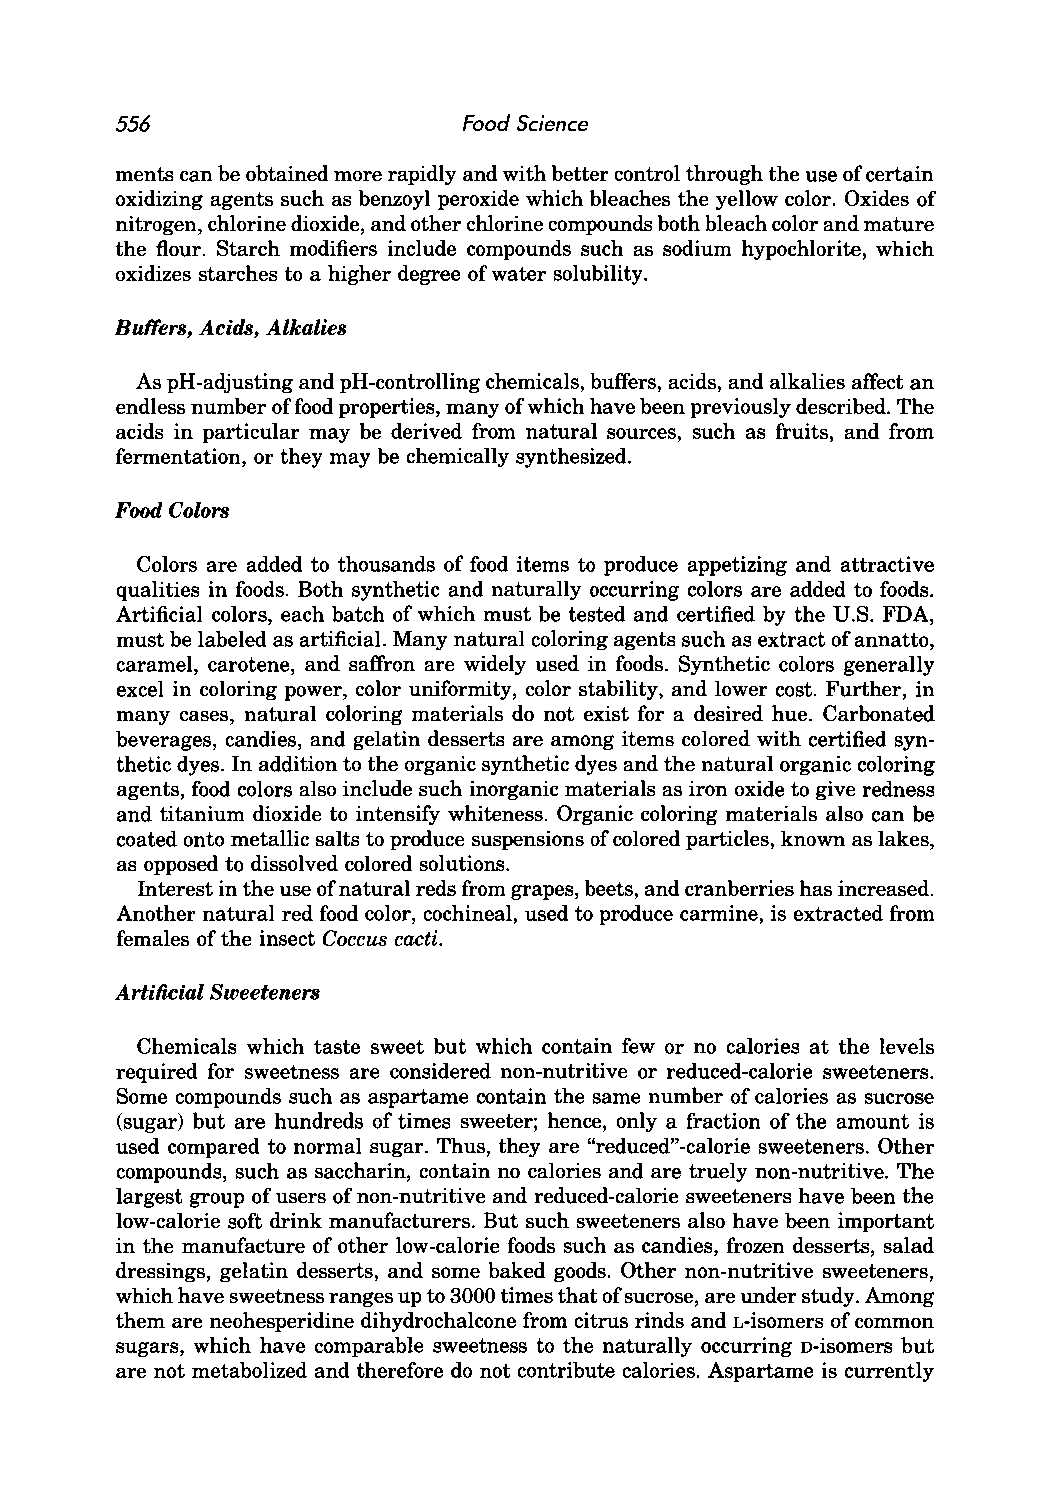
556                    Food Science
 ments can be obtained more rapidly and with better control through the use of certain
 oxidizing agents such as benzoyl peroxide which bleaches the yellow color. Oxides of
 nitrogen, chlorine dioxide, and other chlorine compounds both bleach color and mature
 the flour. Starch modifiers include compounds such as sodium hypochlorite, which
 oxidizes starches to a higher degree of water solubility.
 Buffers, Acids, Alkalies
 As pH-adjusting and pH-controlling chemicals, buffers, acids, and alkalies affect an
 endless number offood properties, many of which have been previously described. The
 acids in particular may be derived from natural sources, such as fruits, and from
 fermentation, or they may be chemically synthesized.
 Food Colors
 Colors are added to thousands of food items to produce appetizing and attractive
 qualities in foods. Both synthetic and naturally occurring colors are added to foods.
 Artificial colors, each batch of which must be tested and certified by the U.S. FDA,
 must be labeled as artificial. Many natural coloring agents such as extract of annatto,
 caramel, carotene, and saffron are widely used in foods. Synthetic colors generally
 excel in coloring power, color uniformity, color stability, and lower cost. Further, in
 many cases, natural coloring materials do not exist for a desired hue. Carbonated
 beverages, candies, and gelatin desserts are among items colored with certified syn
 thetic dyes. In addition to the organic synthetic dyes and the natural organic coloring
 agents, food colors also include such inorganic materials as iron oxide to give redness
 and titanium dioxide to intensify whiteness. Organic coloring materials also can be
 coated onto metallic salts to produce suspensions of colored particles, known as lakes,
 as opposed to dissolved colored solutions.
 Interest in the use of natural reds from grapes, beets, and cranberries has increased.
 Another natural red food color, cochineal, used to produce carmine, is extracted from
 females of the insect Coccus cacti.
 Artificial Sweeteners
 Chemicals which taste sweet but which contain few or no calories at the levels
 required for sweetness are considered non-nutritive or reduced-calorie sweeteners.
 Some compounds such as aspartame contain the same number of calories as sucrose
 (sugar) but are hundreds of times sweeter; hence, only a fraction of the amount is
 used compared to normal sugar. Thus, they are "reduced" -calorie sweeteners. Other
 compounds, such as saccharin, contain no calories and are truely non-nutritive. The
 largest group of users of non-nutritive and reduced-calorie sweeteners have been the
 low-calorie soft drink manufacturers. But such sweeteners also have been important
 in the manufacture of other low-calorie foods such as candies, frozen desserts, salad
 dressings, gelatin desserts, and some baked goods. Other non-nutritive sweeteners,
 which have sweetness ranges up to 3000 times that of sucrose, are under study. Among
 them are neohesperidine dihydrochalcone from citrus rinds and L-isomers of common
 sugars, which have comparable sweetness to the naturally occurring D-isomers but
 are not metabolized and therefore do not contribute calories. Aspartame is currently